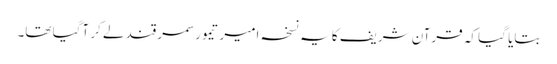
بتایا گیا کہ قرآن شریف کا یہ نسخہ امیر تیمور سمرقند لے کر آگیا تھا۔